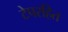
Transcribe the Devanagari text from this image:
टेपरहित